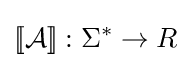
[\![{\mathcal {A}}]\!]:\Sigma ^{*}\to R